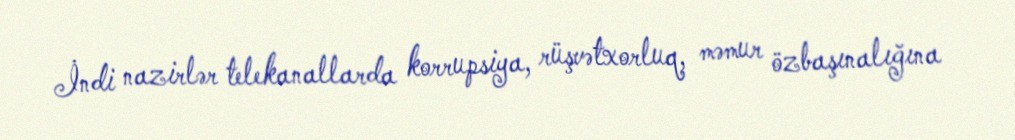
İndi nazirlər telekanallarda korrupsiya, rüşvətxorluq, məmur özbaşınalığına